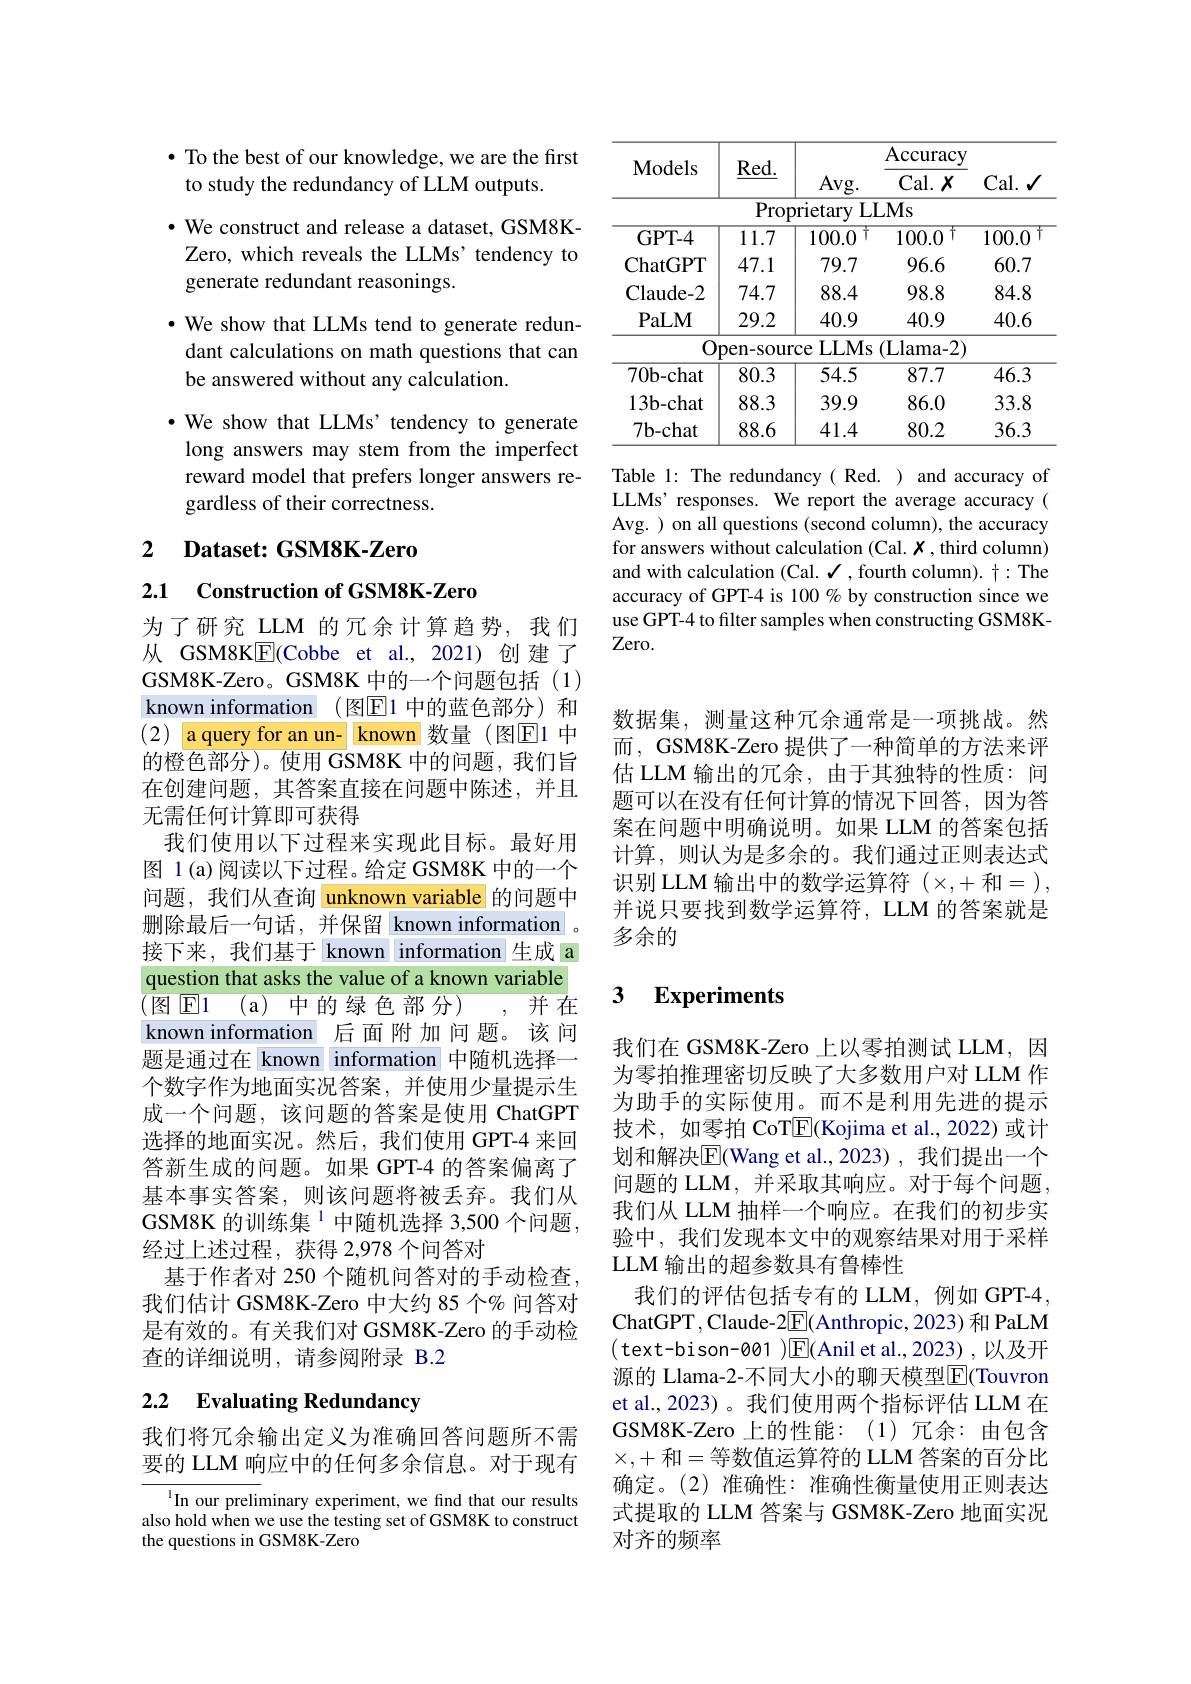
<table>
	<tbody>
		<tr>
			<th rowspan="3">Models</th>
			<th>$\mathbf{D}$</th>
			<th> </th>
			<th>Accuracy</th>
			<th> </th>
		</tr>
		<tr>
			<th>$\underline{\mathrm{Red}.}$</th>
			<th>Avg. </th>
			<th>Accuracy $Cal.X$</th>
			<th>Cal. 1</th>
		</tr>
		<tr>
			<th>$\underline{\mathbf{Keu}.}$</th>
			<th>Avg. </th>
			<th>$Cal.x$</th>
			<th>Cal. </th>
		</tr>
		<tr>
			<td> </td>
			<td>Prop</td>
			<td>rietary LI</td>
			<td>LMs</td>
			<td> </td>
		</tr>
		<tr>
			<td>GPT- 4</td>
			<td>11.7</td>
			<td>100.0 广</td>
			<td>100.0 $T$</td>
			<td>100.0</td>
		</tr>
		<tr>
			<td>ChatGPT</td>
			<td>47.1</td>
			<td>79.7</td>
			<td>96.6</td>
			<td>60.7</td>
		</tr>
		<tr>
			<td>Claude- 2</td>
			<td>74.7</td>
			<td>88.4</td>
			<td>98.8</td>
			<td>84.8</td>
		</tr>
		<tr>
			<td>$\mathbf{PaLM}$</td>
			<td>29.2</td>
			<td>40.9</td>
			<td>40.9</td>
			<td>40.6</td>
		</tr>
		<tr>
			<td>0</td>
			<td>pen-sour</td>
			<td>LLMs $\mathsf{Ce}$</td>
			<td>(Llama-2)</td>
			<td> </td>
		</tr>
		<tr>
			<td>$70\mathbf{b}-\mathbf{chat}$</td>
			<td>80.3</td>
			<td>54.5</td>
			<td>87.7</td>
			<td>46.3</td>
		</tr>
		<tr>
			<td>$13\mathbf{b}-\mathbf{chat}$</td>
			<td>88.3</td>
			<td>39.9</td>
			<td>86.0</td>
			<td>33.8</td>
		</tr>
		<tr>
			<td>$7\mathbf{b} -$chat</td>
			<td>88.6</td>
			<td>41.4</td>
			<td>80.2</td>
			<td>36.3</td>
		</tr>
	</tbody>
</table>

Table 1: The redundancy( Red. ) and accuracy of LLMs' responses. We report the average accuracy ( Avg. ) on all questions (second column), the accuracy for answers without calculation (Cal. $x$ , third column) and with calculation (Cal. $\checkmark$ ,fourth column). $\uparrow:$The accuracy of GPT-4 is 100 % by construction since we use GPT-4 to filter samples when constructing GSM8KZero.

$\bullet$ To the best of our knowledge, we are the first
to study the redundancy of LLM outputs.

· We construct and release a dataset, GSM8KZero, which reveals the LLMs' tendency to generate redundant reasonings.
$•$ We show that LLMs tend to generate redundant calculations on math questions that can be answered without any calculation.
·We show that LLMs' tendency to generate

long answers may stem from the imperfect reward model that prefers longer answers regardless of their correctness.

2 $\textbf{Dataset: GSM8K- Zero}$

2.1 Construction of GSM8K-Zero

为了研究 LLM 的冗余计算趋势，我们从 GSM8KE(Cobbe et al., 2021)创建了GSM8K-Zero。GSM8K 中的一个问题包括(1) known information (图$\boxed{\mathrm{E}}1$ 中的蓝色部分)和(2) aquery for an un- known 数量 (图E1 中的橙色部分)。使用 GSM8K 中的问题，我们旨在创建问题，其答案直接在问题中陈述，并且无需任何计算即可获得
我们使用以下过程来实现此目标。最好用图 1(a)阅读以下过程。给定 GSM8K 中的一个问题，我们从查询 unknown variable 的问题中删除最后一句话，并保留 known information 。接下来，我们基于 known information 生成 a question that asks the value of a known variable $( 图 因 1$ (a)中的绿色部分)
,并在
known information 后面附加 问题。该问题是通过在 known information 中随机选择一个数字作为地面实况答案，并使用少量提示生成一个问题，该问题的答案是使用 ChatGPT 选择的地面实况。然后，我们使用 GPT-4 来回答新生成的问题。如果 GPT-4 的答案偏离了基本事实答案，则该问题将被丢弃。我们从GSM8K 的训练集$^{1}$中随机选择 3,500 个问题， 经过上述过程，获得 2,978 个问答对
基于作者对 250 个随机问答对的手动检查我们估计 GSM8K-Zero 中大约 85 个% 问答对是有效的。有关我们对 GSM8K-Zero 的手动检查的详细说明，请参阅附录 B.2

# 2.2 Evaluating Redundancy

我们将冗余输出定义为准确回答问题所不需要的 LLM 响应中的任何多余信息。对于现有

In our preliminary experiment, we find that our results also hold when we use the testing set of GSM8K to construct the questions in GSM8K-Zero

数据集，测量这种冗余通常是一项挑战。然而，GSM8K-Zero 提供了一种简单的方法来评估 LLM 输出的冗余，由于其独特的性质：问题可以在没有任何计算的情况下回答，因为答案在问题中明确说明。如果 LLM 的答案包括计算，则认为是多余的。我们通过正则表达式识别 LLM 输出中的数学运算符 $(\times,+$和=), 并说只要找到数学运算符，LLM 的答案就是多余的

## 3 $\textbf{Experiments}$

我们在 GSM8K-Zero 上以零拍测试 LLM,因为零拍推理密切反映了大多数用户对 LLM 作为助手的实际使用。而不是利用先进的提示技术，如零拍 CoT$\overline{\mathrm{E}}$(Kojima et al., 2022) 或计划和解决$\overline{\mathrm{F}}($Wang et al.,2023),我们提出一个问题的 LLM, 并采取其响应。对于每个问题， 我们从 LLM 抽样一个响应。在我们的初步实验中，我们发现本文中的观察结果对用于采样

LLM 输出的超参数具有鲁棒性

我们的评估包括专有的 LLM,例如 GPT-4, ChatGPT , Claude-2$\underline{\mathrm{E}}($Anthropic, 2023) 和 PaLM ( text-bison-001 )$\boxed{\mathrm{F}}($Anil et al.,2023),以及开源的 Llama-2-不同大小的聊天模型$\operatorname{E}($Touvron et al., 2023) 。我们使用两个指标评估 LLM 在GSM8K-Zero 上的性能：(1)冗余：由包含$\times,+$和=等数值运算符的 LLM 答案的百分比确定。(2)准确性：准确性衡量使用正则表达式提取的 LLM 答案与 GSM8K-Zero 地面实况对齐的频率